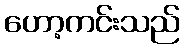
ဟော့ကင်းသည်